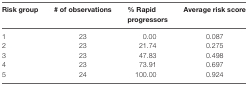
<table><thead><tr><td><b>Risk group</b></td><td><b># of observations</b></td><td><b>% Rapid progressors</b></td><td><b>Average risk score</b></td></tr></thead><tbody><tr><td>1</td><td>23</td><td>0.00</td><td>0.087</td></tr><tr><td>2</td><td>23</td><td>21.74</td><td>0.275</td></tr><tr><td>3</td><td>23</td><td>47.83</td><td>0.498</td></tr><tr><td>4</td><td>23</td><td>73.91</td><td>0.697</td></tr><tr><td>5</td><td>24</td><td>100.00</td><td>0.924</td></tr></tbody></table>